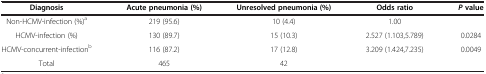
<table><thead><tr><td><b>Diagnosis</b></td><td><b>Acute pneumonia (%)</b></td><td><b>Unresolved pneumonia (%)</b></td><td><b>Odds ratio</b></td><td><b><i>P </i>value</b></td></tr></thead><tbody><tr><td>Non-HCMV-infection (%)<sup>a</sup></td><td>219 (95.6)</td><td>10 (4.4)</td><td>1.00</td><td> </td></tr><tr><td>HCMV-infection (%)</td><td>130 (89.7)</td><td>15 (10.3)</td><td>2.527 (1.103,5.789)</td><td>0.0284</td></tr><tr><td>HCMV-concurrent-infection<sup>b</sup></td><td>116 (87.2)</td><td>17 (12.8)</td><td>3.209 (1.424,7.235)</td><td>0.0049</td></tr><tr><td>Total</td><td>465</td><td>42</td><td> </td><td> </td></tr></tbody></table>